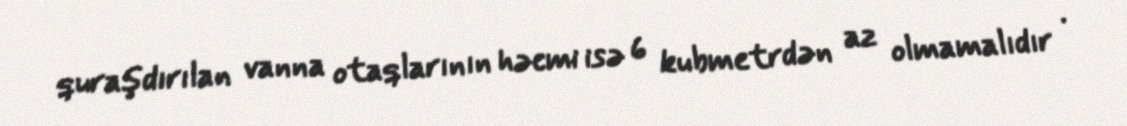
quraşdırılan vanna otaqlarının həcmi isə 6 kubmetrdən az olmamalıdır .